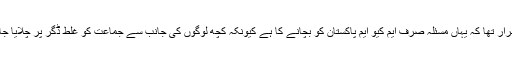
ان کا اصرار تھا کہ یہاں مسئلہ صرف ایم کیو ایم پاکستان کو بچانے کا ہے کیونکہ کچھ لوگوں کی جانب سے جماعت کو غلط ڈگر پر چلایا جا رہا ہے۔